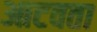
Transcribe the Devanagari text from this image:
आटवता